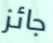
جائز